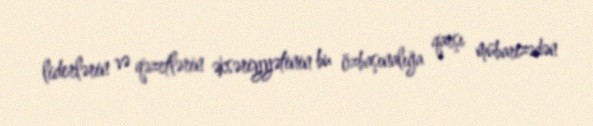
liderlərin və qəzetlərin əksəriyyətinin bu özbaşınalığa qarşı mübarizədən